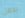
بجعل